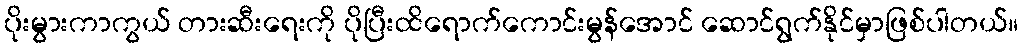
ပိုးမွားကာကွယ် တားဆီးရေးကို ပိုပြီးထိရောက်ကောင်းမွန်အောင် ဆောင်ရွက်နိုင်မှာဖြစ်ပါတယ်။